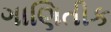
ગાણિતીક